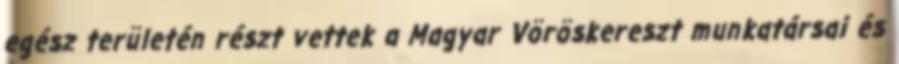
egész területén részt vettek a Magyar Vöröskereszt munkatársai és